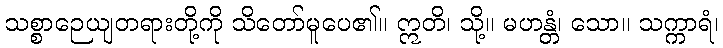
သစ္စာဉေယျတရားတို့ကို သိတော်မူပေ၏။ ဣတိ၊ သို့။ မဟန္တံ၊ သော။ သက္ကာရံ၊